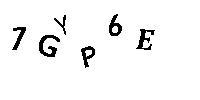
7GYP6E